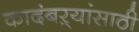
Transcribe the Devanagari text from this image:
कादंबऱ्यांसाठी